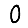
Digit: 0